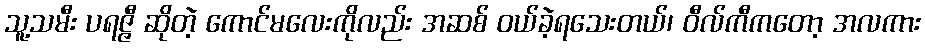
သူ့သမီး ပရဇ္ဇီ ဆိုတဲ့ ကောင်မလေးကိုလည်း အဆစ် ဝယ်ခဲ့ရသေးတယ်၊ ဝီလ်ကီကတော့ အလကား